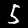
Label: 5